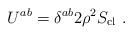
LaTeX: \begin{align*}U^{ab} = \delta^{ab} 2 \rho^2 S_{\rm cl} \ .\end{align*}